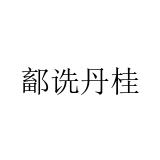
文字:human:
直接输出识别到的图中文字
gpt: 鄐诜丹桂